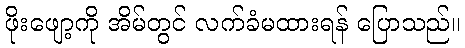
ဖိုးဖျော့ကို အိမ်တွင် လက်ခံမထားရန် ပြောသည်။